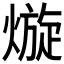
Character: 𱬊